Insane asylums in Bengal annual reports 1867-1875 - 1867-1875
Year: 1867
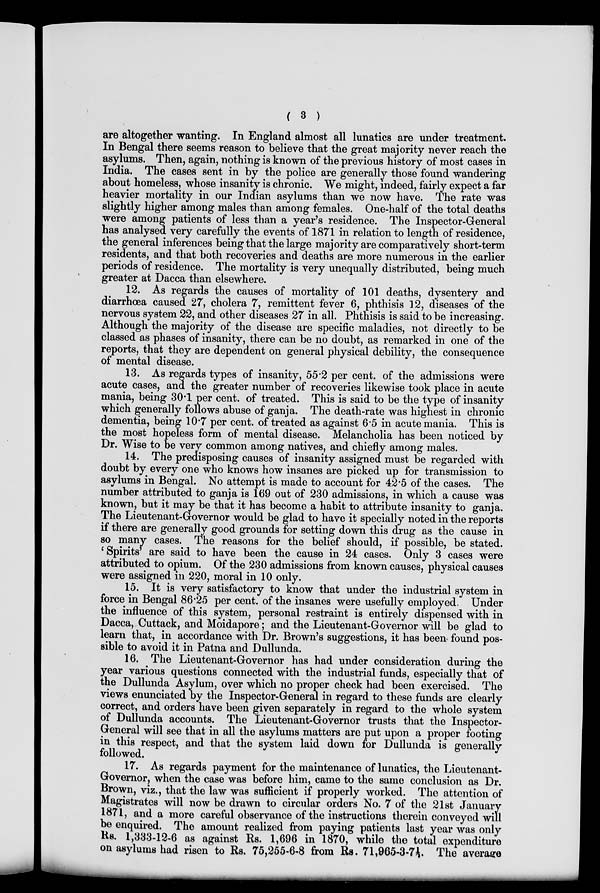
( 3 )
are altogether wanting. In England almost all lunatics are under treatment.
In Bengal there seems reason to believe that the great majority never reach the
asylums. Then, again, nothing is known of the previous history of most cases in
India. The cases sent in by the police are generally those found wandering
about homeless, whose insanity is chronic. We might, indeed, fairly expect a far
heavier mortality in our Indian asylums than we now have. The rate was
slightly higher among males than among females. One-half of the total deaths
were among patients of less than a year's residence. The Inspector-General
has analysed very carefully the events of 1871 in relation to length of residence,
the general inferences being that the large majority are comparatively short-term
residents, and that both recoveries and deaths are more numerous in the earlier
periods of residence. The mortality is very unequally distributed, being much
greater at Dacca than elsewhere.
12. As regards the causes of mortality of 101 deaths, dysentery and
diarrhœa caused 27, cholera 7, remittent fever 6, phthisis 12, diseases of the
nervous system 22, and other diseases 27 in all. Phthisis is said to be increasing.
Although the majority of the disease are specific maladies, not directly to be
classed as phases of insanity, there can be no doubt, as remarked in one of the
reports, that they are dependent on general physical debility, the consequence
of mental disease.
13. As regards types of insanity, 55.2 per cent. of the admissions were
acute cases, and the greater number of recoveries likewise took place in acute
mania, being 30.1 per cent. of treated. This is said to be the type of insanity
which generally follows abuse of ganja. The death-rate was highest in chronic
dementia, being 10.7 per cent. of treated as against 6.5 in acute mania. This is
the most hopeless form of mental disease. Melancholia has been noticed by
Dr. Wise to be very common among natives, and chiefly among males.
14. The predisposing causes of insanity assigned must be regarded with
doubt by every one who knows how insanes are picked up for transmission to
asylums in Bengal. No attempt is made to account for 42.5 of the cases. The
number attributed to ganja is 169 out of 230 admissions, in which a cause was
known, but it may be that it has become a habit to attribute insanity to ganja.
The Lieutenant-Governor would be glad to have it specially noted in the reports
if there are generally good grounds for setting down this drug as the cause in
so many cases. The reasons for the belief should, if possible, be stated.
'Spirits' are said to have been the cause in 24 cases. Only 3 cases were
attributed to opium. Of the 230 admissions from known causes, physical causes
were assigned in 220, moral in 10 only.
15. It is very satisfactory to know that under the industrial system in
force in Bengal 86.25 per cent. of the insanes were usefully employed. Under
the influence of this system, personal restraint is entirely dispensed with in
Dacca, Cuttack, and Moidapore; and the Lieutenant-Governor will be glad to
learn that, in accordance with Dr. Brown's suggestions, it has been found pos-
sible to avoid it in Patna and Dullunda.
16. The Lieutenant-Governor has had under consideration during the
year various questions connected with the industrial funds, especially that of
the Dullunda Asylum, over which no proper check had been exercised. The
views enunciated by the Inspector-General in regard to these funds are clearly
correct, and orders have been given separately in regard to the whole system
of Dullunda accounts. The Lieutenant-Governor trusts that the Inspector-
General will see that in all the asylums matters are put upon a proper footing
in this respect, and that the system laid down for Dullunda is generally
followed.
17. As regards payment for the maintenance of lunatics, the Lieutenant-
Governor, when the case was before him, came to the same conclusion as Dr.
Brown, viz., that the law was sufficient if properly worked. The attention of
Magistrates will now be drawn to circular orders No. 7 of the 21st January
1871, and a more careful observance of the instructions therein conveyed will
be enquired. The amount realized from paying patients last year was only
Rs. 1,333-12-6 as against Rs. 1,696 in 1870, while the total expenditure
on asylums had risen to Rs. 75,255-6-8 from Rs. 71,965-3-7½. The average